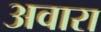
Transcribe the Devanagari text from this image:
अवारा